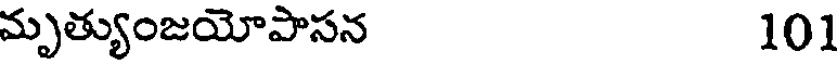
మృత్యుంజయోపాసన 101